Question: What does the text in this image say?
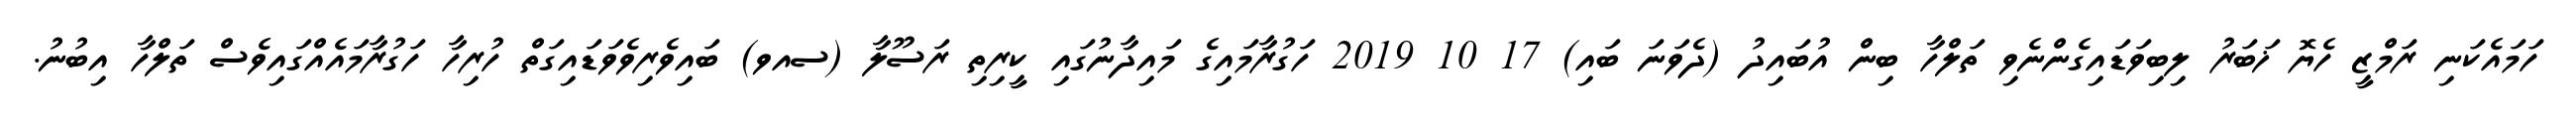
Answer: ހަމައެކަނި ރަމްޒީ ހެޔޮ ޚަބަރު ލިބިވަޑައިގެންނެވި ތަލްހާ ބިން އުބައިދު (ދެވަނަ ބައި) 17 10 2019 ހަގުރާމައިގެ މައިދާނުގައި ކީރިތި ރަސޫލާ (ސއވ) ބައިވެރިވެވަޑައިގަތް ހުރިހާ ހަގުރާމައެއްގައިވެސް ތަލްހާ އިބުނު.